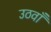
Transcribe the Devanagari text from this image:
उठवाँ